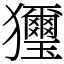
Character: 𤣗